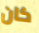
كان